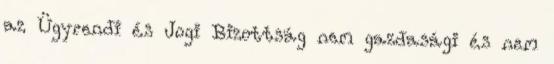
az Ügyrendi és Jogi Bizottság nem gazdasági és nem